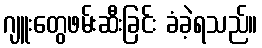
ဂျူးတွေဖမ်းဆီးခြင်း ခံခဲ့ရသည်။